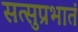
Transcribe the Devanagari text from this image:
सत्सुप्रभातं